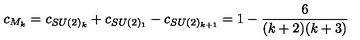
c _ { M _ { k } } = c _ { S U ( 2 ) _ { k } } + c _ { S U ( 2 ) _ { 1 } } - c _ { S U ( 2 ) _ { k + 1 } } = 1 - \frac { 6 } { ( k + 2 ) ( k + 3 ) }